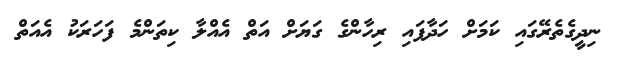
ނިދީގެތެރޭގައި ކަމަށް ހަދާފައި ރިހާންގެ ގަޔަށް އަތް އެއްލާ ކިތަންމެ ފަހަރަކު އެއަތް